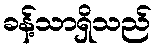
ခန့်သာရှိသည်